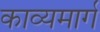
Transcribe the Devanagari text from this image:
काव्यमार्ग